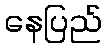
နေပြည်